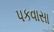
પકવાસા